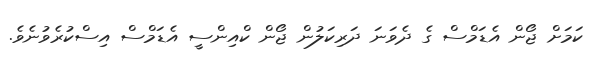
ކަމަށް ޖޯން އެޑަމްސް ގެ ދެވަނަ ދަރިކަލުން ޖޯން ކްއިންސީ އެޑަމްސް އިސްކުރެވުނެވެ.